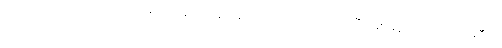
အားမကောင်းသေးရင် တရားအားထုတ် နေဆဲမှာလည်း သူက ဝင်ဝင်ပြီး ဖြစ်နေသေးတာပဲ၊ အဲဒီလို